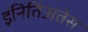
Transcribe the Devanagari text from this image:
इनितिअतेस